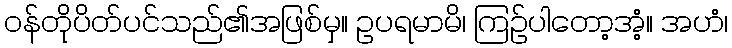
ဝန်တိုပိတ်ပင်သည်၏အဖြစ်မှ။ ဥပရမာမိ၊ ကြဉ်ပါတော့အံ့။ အဟံ၊